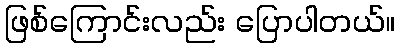
ဖြစ်ကြောင်းလည်း ပြောပါတယ်။